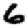
Digit: 6